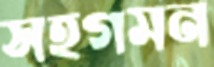
সহগমন